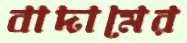
বাদামের